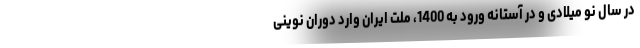
در سال نو میلادی و در آستانه ورود به 1400، ملت ایران وارد دوران نوینی